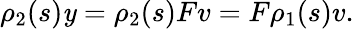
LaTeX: \rho_{2}(s)\mathit{y}=\rho_{2}(s)Fv=F\rho_{1}(s)v.